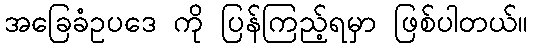
အခြေခံဥပဒေ ကို ပြန်ကြည့်ရမှာ ဖြစ်ပါတယ်။